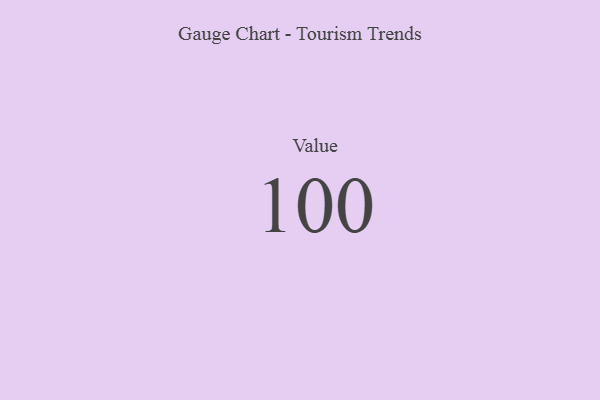
{"axis": {"x": "Metric", "y": "Value"}, "legend": [""], "data": [{"x": "Value", "y": 100, "type": ""}]}